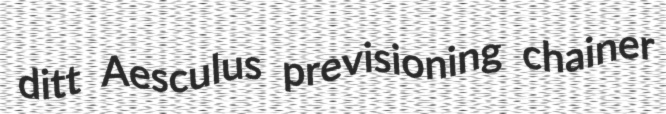
ditt Aesculus previsioning chainer